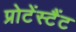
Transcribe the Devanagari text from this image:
प्रोटेंस्टैंट